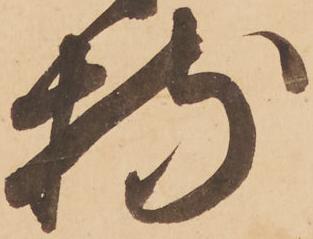
特